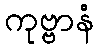
ကုဗ္ဗာနံ